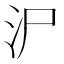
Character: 𱥱